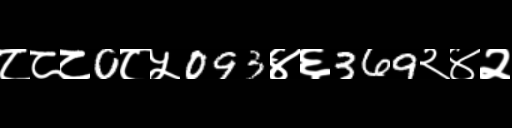
Text: ८८८0८५093४६369२४२